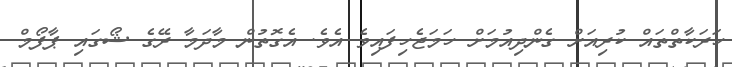
ހަރަކާތްތައް ކުރިއަށް ގެންދިއުމަށް ހަމަޖެހިފައިވެ އެވެ. އެގޮތުން މާދަމާ ރޭގެ ޝޯގައި ޕާފޯމް